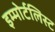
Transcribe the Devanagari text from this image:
इम्मोर्टलिस्ट